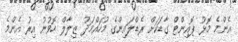
އެންމެ މޮޅު ޕޮއިންޓް ގާޑަކަށް ރެޑްލައިންގެ މުހައްމަދު ޒިލާލް ހޮވުނު އިރު އެންމެ